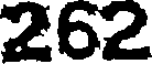
262